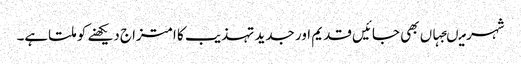
شہر میںجہاں بھی جائیں قدیم اور جدید تہذیب کا امتزاج دیکھنے کو ملتاہے۔